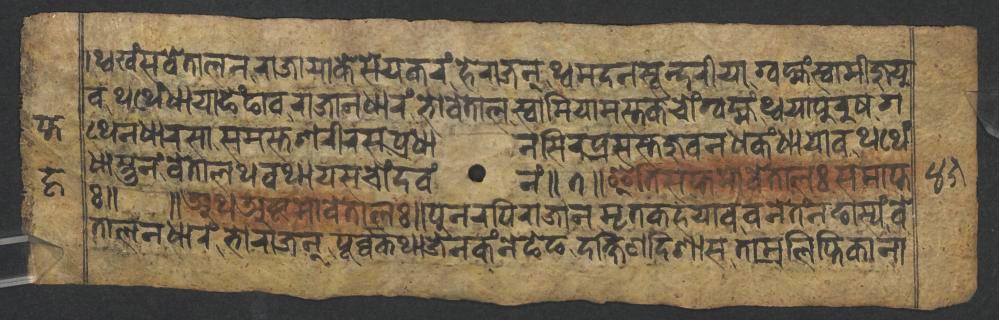
𑑋𑐠𑑂𑐰𑐏𑑄𑐳𑐰𑐾𑐟𑐵𑐮𑐣𑐬𑐵𑐖𑐵𑐫𑐵𑐎𑐾𑐳𑐾𑐫𑐎𑐬𑑄𑐴𑐾𑐬𑐵𑐖𑐣𑑂𑐠𑑂𑐰𑐩𑐡𑐣𑐳𑐹𑐣𑑂𑐡𑐬𑐷𑐫𑐵𑐐𑑂𑐰𑐩𑑂𑐴𑑄𑐳𑑂𑐰𑐵𑐩𑐷𑐖𑐸𑐫𑐸 𑐰𑐠𑐠𑐾𑑄𑐢𑐵𑐫𑐵𑐒𑐾𑑄𑐒𑐵𑐰𑐬𑐵𑐖𑐵𑐣𑐢𑐵𑐬𑑄𑐨𑑀𑐰𑐾𑐟𑐵𑐮𑐳𑑂𑐰𑐵𑐩𑐶𑐫𑐵𑐩𑐳𑑂𑐟𑐎𑐔𑑀𑑄𑐐𑑂𑐰𑐩𑑂𑐴𑑄𑐠𑑂𑐰𑐫𑐵𑐥𑐸𑐬𑐸𑐲𑐐 𑐠𑐾𑐣𑐢𑐵𑐬𑐳𑐵𑐳𑐩𑐳𑑂𑐟𑐱𑐬𑐷𑐬𑐳𑐥𑑂𑐬𑐢𑐵𑐣𑐳𑐶𑐬𑐥𑑂𑐬𑐳𑐳𑑂𑐟𑐖𑐸𑐰𑐣𑐢𑐎𑑄𑐢𑐵𑐫𑐵𑐰𑐠𑐠𑐾𑑄 𑐢𑐵𑐳𑑂𑐟𑐸𑐣𑑄𑐰𑐾𑐟𑐵𑐮𑐠𑐰𑐠𑐵𑐫𑐳𑐔𑑀𑑄𑐡𑐰𑑄𑐣𑑄𑑌𑑗𑑌𑐂𑐟𑐶𑐳𑐥𑑂𑐟𑐩𑑀𑐰𑐾𑐟𑐵𑐮𑑅𑐳𑐩𑐵𑐥𑑂𑐟 𑑅𑑌 𑑌𑐀𑐠𑐀𑐲𑑂𑐚𑐩𑑀𑐰𑐾𑐟𑐵𑐮𑑅𑑌𑐥𑐸𑐣𑐬𑐥𑐶𑐬𑐵𑐖𑐵𑐣𑐩𑐺𑐟𑐎𑐴𑐫𑐵𑐰𑐰𑐣𑐾𑐟𑑄𑐣𑐒𑐵𑐳𑑂𑐫𑑄𑐰𑐾 𑐟𑐵𑐮𑐣𑐢𑐵𑐬𑑄𑐨𑑀𑐬𑐵𑐖𑐣𑑂𑐥𑐹𑐬𑑂𑐰𑑂𑐰𑐎𑐠𑐵𑐖𑐾𑐣𑐎𑑄𑐣𑐾𑐒𑐾𑐒𑐡𑐎𑑂𑐲𑐶𑐞𑐡𑐶𑐱𑐵𑐳𑐟𑐵𑐩𑑂𑐬𑐮𑐶𑐥𑑂𑐟𑐶𑐎𑐵𑐣𑐵